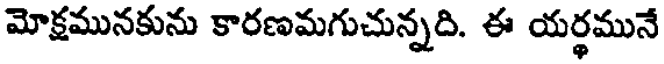
మోక్షమునకును కారణమగుచున్నది. ఈ యర్థమునే